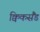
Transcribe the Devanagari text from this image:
क्विकसैंड